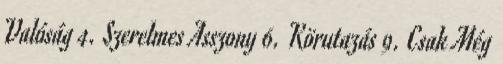
Valóság 4. Szerelmes Asszony 6. Körutazás 9. Csak Még